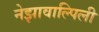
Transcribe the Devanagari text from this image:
नेझावाल्पिली